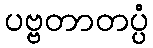
ပဗ္ဗတာတပ္ပံ